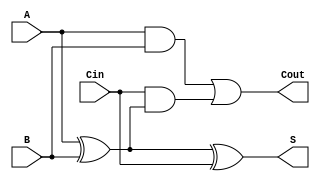
`timescale 1ns / 1ps
//////////////////////////////////////////////////////////////////////////////////
// Company: 
// Engineer: 
// 
// Design Name: 
// Module Name: RCA
// Project Name: 
// Target Devices: 
// Tool Versions: 
// Description: 
// 
// Dependencies: 
// 
// Revision:
// Revision 0.01 - File Created
// Additional Comments:
// 
//////////////////////////////////////////////////////////////////////////////////

//Assignment 2
//Problem 1
//Semseter 5
//Group No. 51
//Pritam Mallick (18CS10042)
//Smayan Das (18CS30011)

//Full Adder

module FA(Cout,S,A,B,Cin);

    input A,B,Cin;
    output Cout,S;
    wire T1,T2,T3;
    
    xor XOR_1(T1,A,B);
    xor XOR_2(S,T1,Cin);
    
    and AND_1(T2,A,B);
    and AND_2(T3,Cin,T1);
    or OR_1(Cout,T2,T3);

endmodule

//Ripple Carry Adder

module RCA(a,b,cin,sum,cout);

    input [7:0] a;
    input [7:0] b;
    input cin;
    
    output [7:0] sum;
    output cout;
    wire [6:0] T;
    
    FA FullAdd_1(T[0],sum[0],a[0],b[0],cin);
    FA FullAdd_2(T[1],sum[1],a[1],b[1],T[0]);
    FA FullAdd_3(T[2],sum[2],a[2],b[2],T[1]);
    FA FullAdd_4(T[3],sum[3],a[3],b[3],T[2]);
    FA FullAdd_5(T[4],sum[4],a[4],b[4],T[3]);
    FA FullAdd_6(T[5],sum[5],a[5],b[5],T[4]);
    FA FullAdd_7(T[6],sum[6],a[6],b[6],T[5]);
    FA FullAdd_8(cout,sum[7],a[7],b[7],T[6]);

endmodule